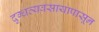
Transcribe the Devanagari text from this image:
दुग्धव्यवसायापासून